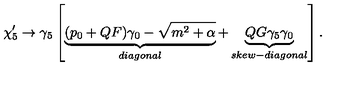
\chi _ { 5 } ^ { \prime } \rightarrow \gamma _ { 5 } \left[ \underbrace { ( p _ { 0 } + Q F ) \gamma _ { 0 } - \sqrt { m ^ { 2 } + \alpha } } _ { d i a g o n a l } + \underbrace { Q G \gamma _ { 5 } \gamma _ { 0 } } _ { s k e w - d i a g o n a l } \right] .